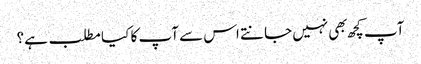
آپ کچھ بهی نہیں جانتے اس سے آپ کا کیا مطلب ہے؟